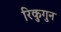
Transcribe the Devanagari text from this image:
रिकुगुन